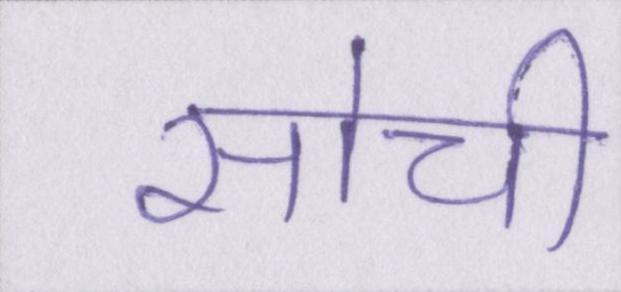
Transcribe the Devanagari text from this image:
सोची